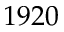
1 9 2 0